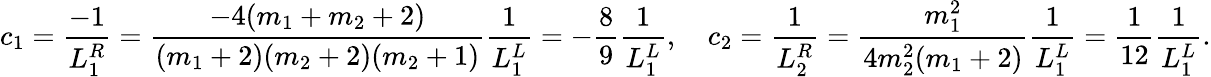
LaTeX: c_{1}=\frac{-1}{L_{1}^{R}}=\frac{-4(m_{1}+m_{2}+2)}{(m_{1}+2)(m_{2}+2)(m_{2}+1)}\frac{1}{L_{1}^{L}}=-\frac{8}{9}\frac{1}{L_{1}^{L}},\quad c_{2}=\frac{1}{L_{2}^{R}}=\frac{m_{1}^{2}}{4m_{2}^{2}(m_{1}+2)}\frac{1}{L_{1}^{L}}=\frac{1}{12}\frac{1}{L_{1}^{L}}.